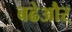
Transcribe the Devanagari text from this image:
बढेऔर